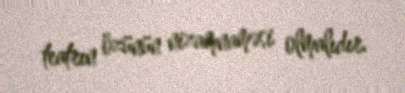
teatrın özünün nizamnaməsi olmalıdır.